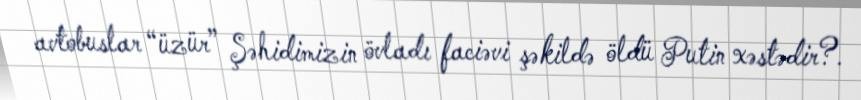
avtobuslar “üzür” Şəhidimizin övladı faciəvi şəkildə öldü Putin xəstədir?.